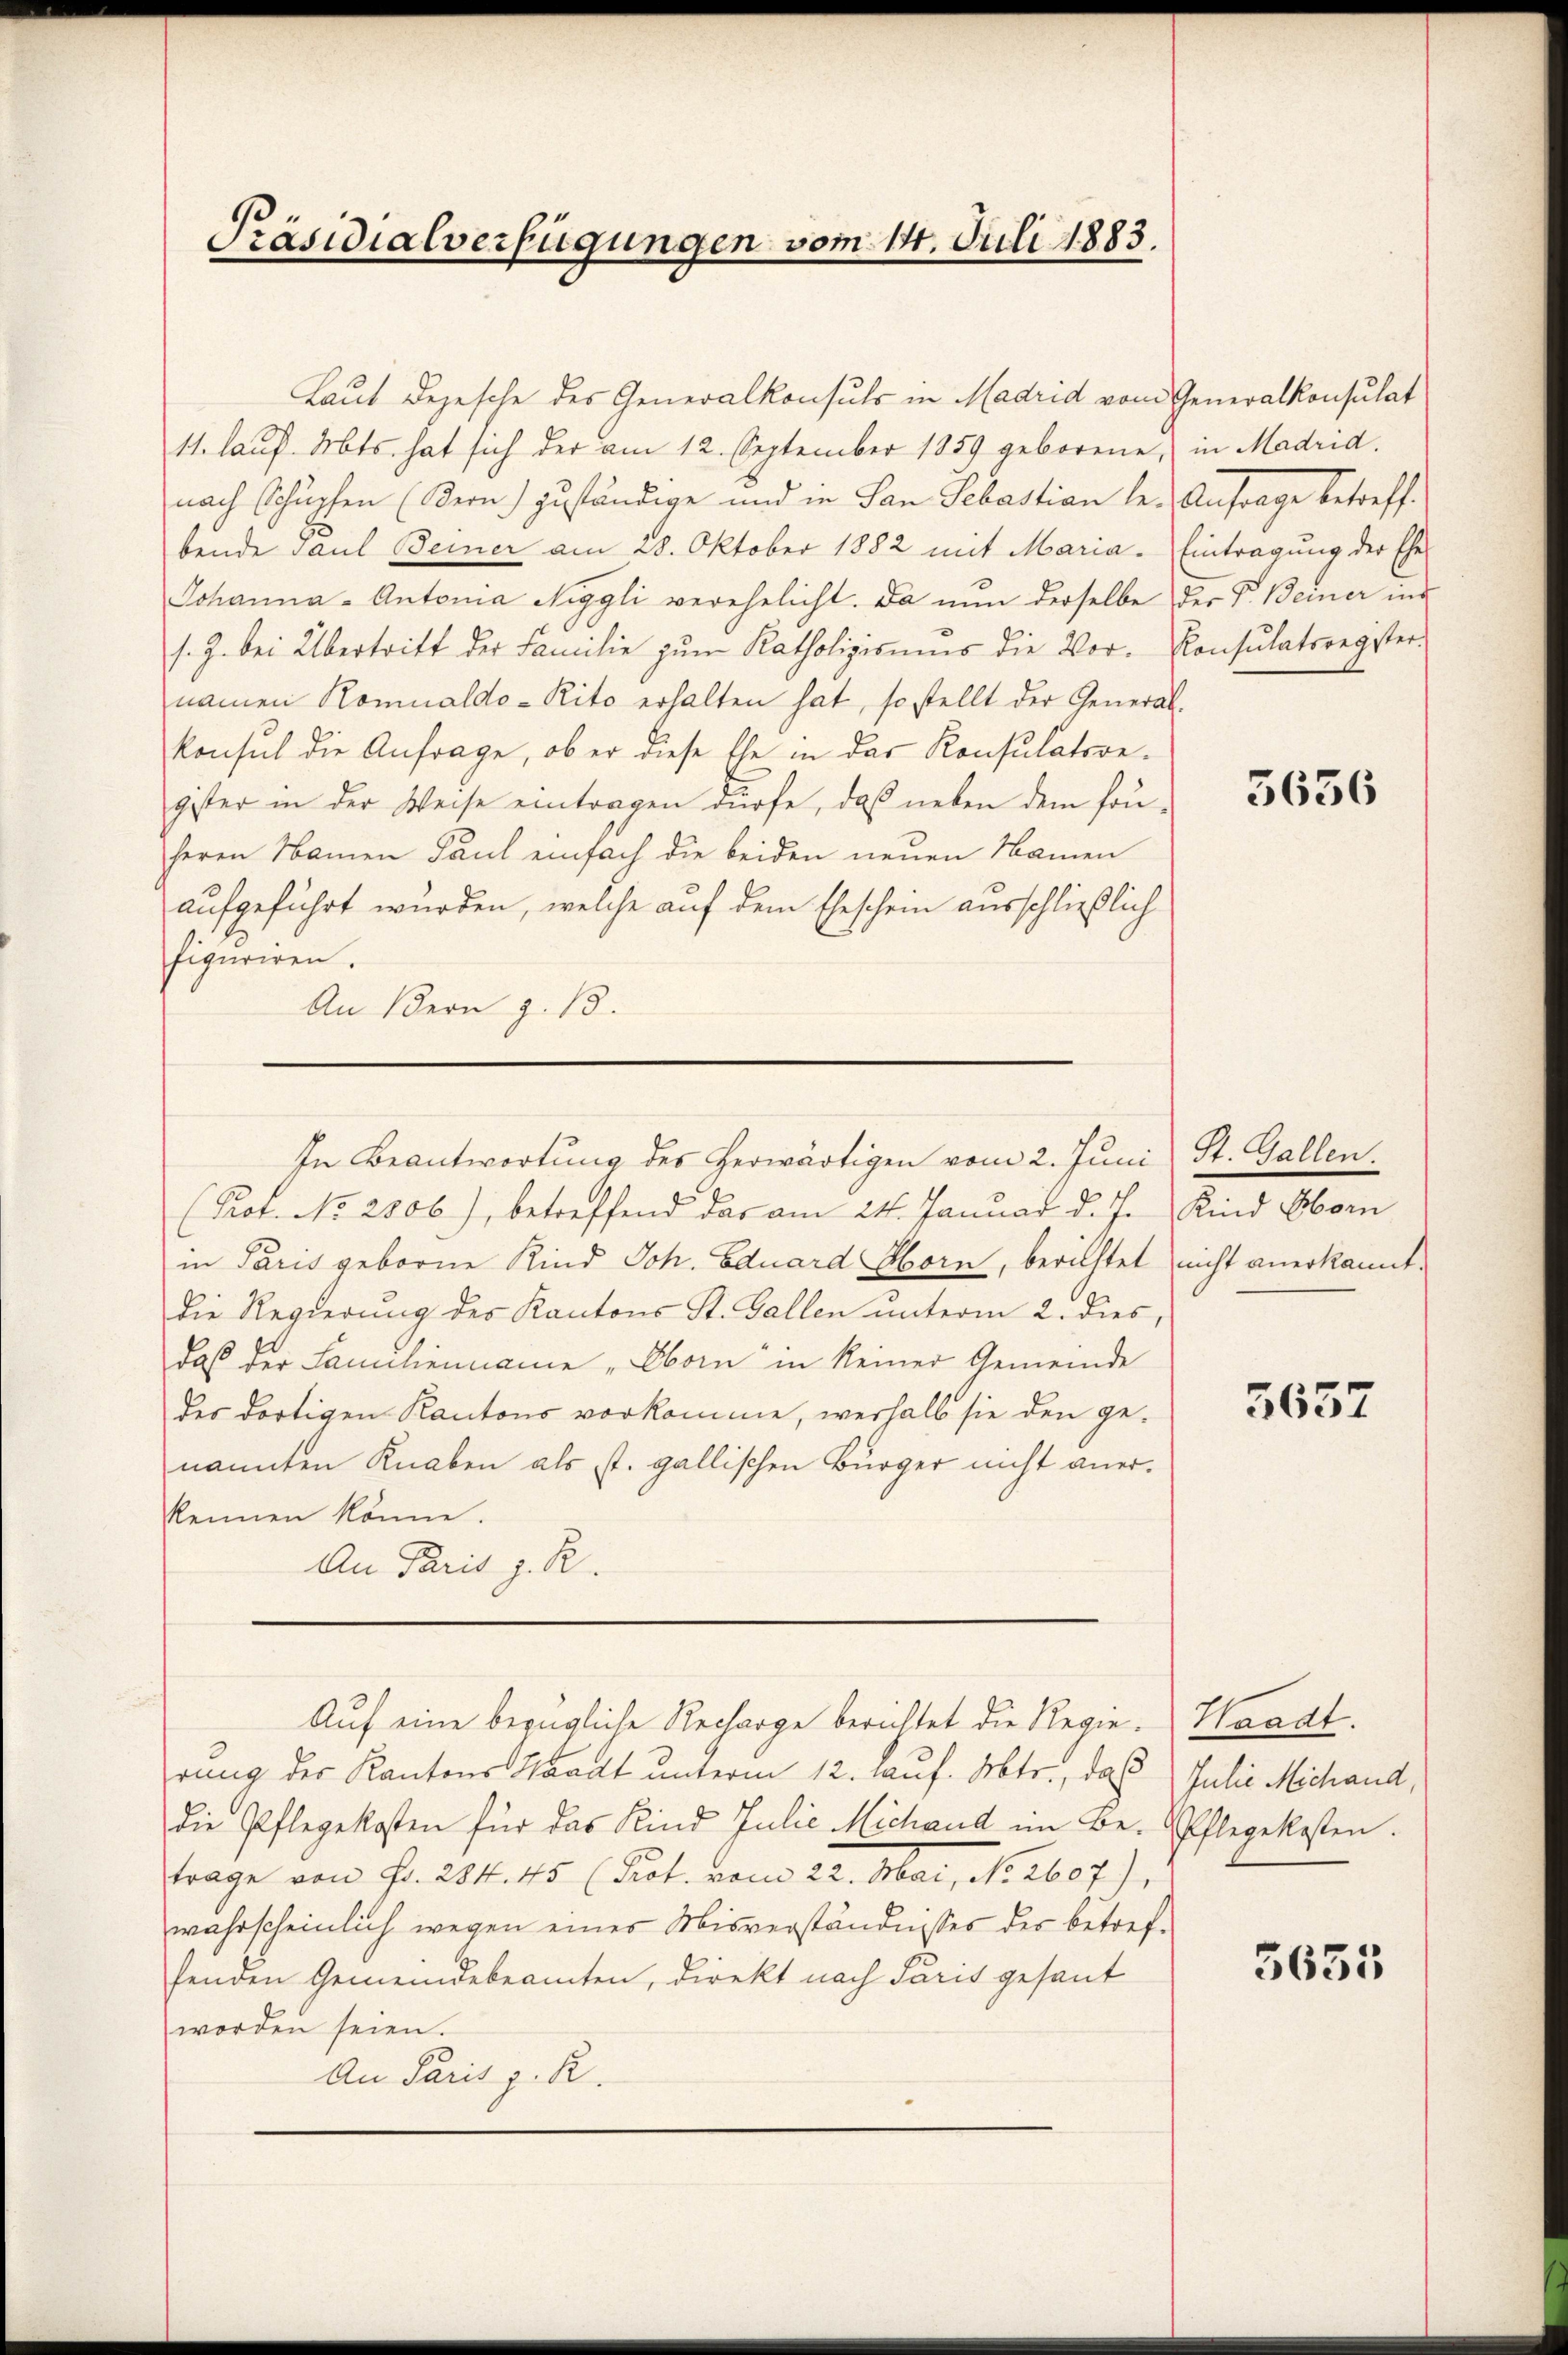
Präsidialverfügungen vom 14. Juli 1883.

Laut Depesche des Generalkonsuls in Madrid vom Generalkonsulat
11. lauf. Mts. hat sich der am 12. September 1859 geborene,
nach Schüpfen (Sern) zuständige und in San Sebastian le. Anfrage betreff
bende Paul Beiner am 28. Oktober 1882 mit Maria-
Johanna - Antonia Niggli verehelicht. Da nun derselbe der V. Beiner ins
s. Z. bei Übertritt der Familie zŭm Katholizismus die Vor- Konsulatsregister-
namen Komualdo-Rito erhalten hat, so stellt der General-
konsul die Anfrage, ob er diese Ehe in das Konsulatsre-
gister in der Weise eintragen dürfe, daß neben dem fonheren Namen Paul einfach die beiden neuen Namen
aufgeführt wurden, welche auf dem Eheschein ausschließlich
figuriren.
An Bern z. 13.
(Prof. No. 2806), betreffend das am 24. Januar d. J. Kind Obern
in Paris geborne Kind Joh. Eduard Horn, berichtet nicht anerkannt.
Die Regierung des Kantons St. Gallen unterm 2. dies,
daß der Familienname „Oborn in keiner Gemeinde
der dortigen Kantons vorkomme, weshalb sie den ge-
nannten Knaben als st. gallischen Bürger nicht anerkennen könne.
An Paris z. R.
Auf eine bezügliche Recharge berichtet die Regie-Waadt.
rung der Kantons Waadt unterm 12. auf. Mts., daß
die Pflegekosten für das Kind Julie Michand im Be-Pflegekosten.
trage von Fr. 284. 45 (Prot. vom 22. Mai, No 2607),
wahrscheinlich wegen eines Misverständnisses der betreffenden Gemeindebeamten, direkt nach Paris gesant
worden seien.
An Paris z. R.

In Beantwortung des herwärtigen vom 2. Juni St. Gallen

in Madrid.
Eintragung der Ehe

3636

5657

Julie Michand,

5655